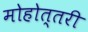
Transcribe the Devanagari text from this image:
मोहोत्तरी